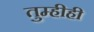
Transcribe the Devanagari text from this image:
तुम्हीही